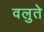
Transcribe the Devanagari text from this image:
वलुते